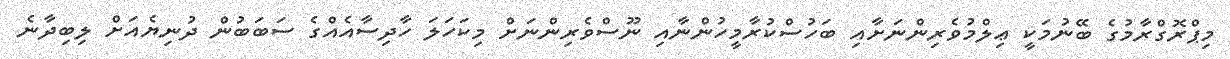
މިޕްރޮގްރާމުގެ ބޭނުމަކީ ޢިލްމުވެރިންނަށާއި ބަހުސްކުރާމީހުންނާއި ނޫސްވެރިންނަށް މިކަހަލަ ހާދިސާއެއްގެ ސަބަބުން ދުނިޔެއަށް ލިބިދާނެ